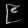
Digit: ၉